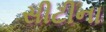
સીટીના